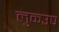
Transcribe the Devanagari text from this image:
लुकउप